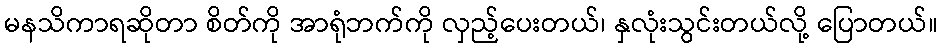
မနသိကာရဆိုတာ စိတ်ကို အာရုံဘက်ကို လှည့်ပေးတယ်၊ နှလုံးသွင်းတယ်လို့ ပြောတယ်။